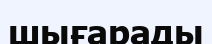
шығарады